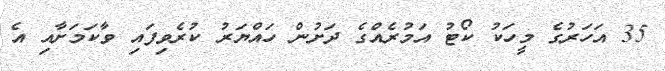
35 އަހަރުގެ މީހަކު ކޯޓު އަމުރެއްގެ ދަށުން ހައްޔަރު ކުރެވިފައި ވާކަމަށާއި އެ